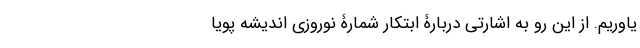
یاوریم. از این رو به اشارتی دربارۀ ابتکار شمارۀ نوروزی اندیشه پویا